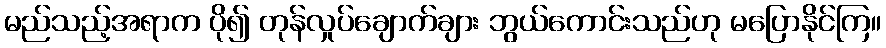
မည်သည့်အရာက ပို၍ တုန်လှုပ်ချောက်ချား ဘွယ်ကောင်းသည်ဟု မပြောနိုင်ကြ။